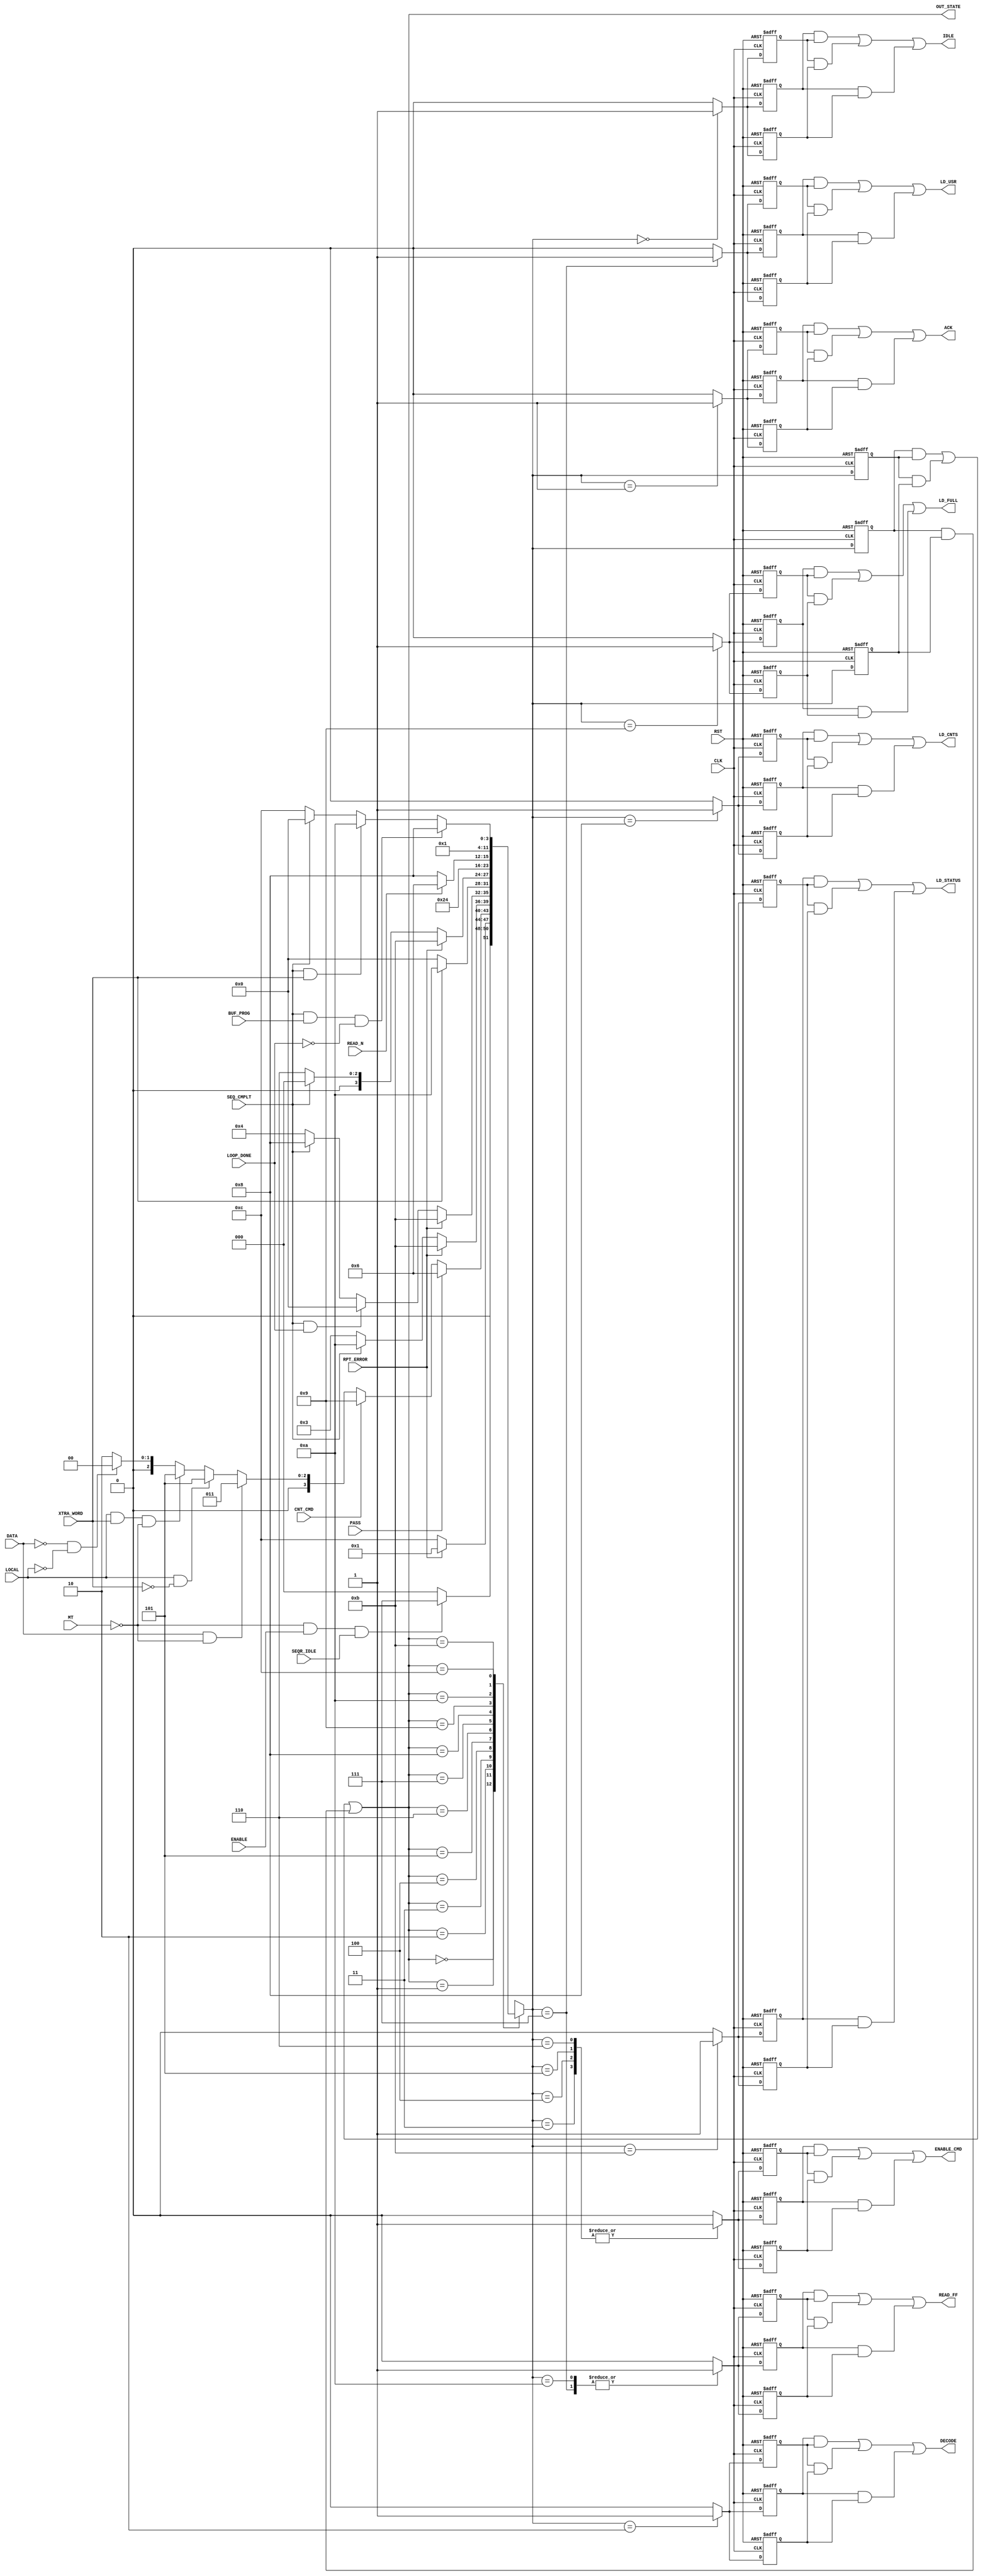

// Created by fizzim_tmr.pl version $Revision: 4.44 on 2014:08:25 at 17:16:00 (www.fizzim.com)

module BPI_cmd_parser_FSM_TMR (
  output ACK,
  output DECODE,
  output ENABLE_CMD,
  output IDLE,
  output LD_CNTS,
  output LD_FULL,
  output LD_STATUS,
  output LD_USR,
  output READ_FF,
  output wire [3:0] OUT_STATE,
  input BUF_PROG,
  input CLK,
  input CNT_CMD,
  input DATA,
  input ENABLE,
  input LOCAL,
  input LOOP_DONE,
  input MT,
  input PASS,
  input READ_N,
  input RPT_ERROR,
  input RST,
  input SEQR_IDLE,
  input SEQ_CMPLT,
  input XTRA_WORD 
);

  // state bits
  parameter 
  Idle          = 4'b0000, 
  Ack           = 4'b0001, 
  Dcd_n_Ld      = 4'b0010, 
  Exec_1Data    = 4'b0011, 
  Exec_Buf32    = 4'b0100, 
  Exec_Local    = 4'b0101, 
  Exec_Pass     = 4'b0110, 
  Load_Cmd      = 4'b0111, 
  Load_Cnts     = 4'b1000, 
  Load_Full     = 4'b1001, 
  Read_FF       = 4'b1010, 
  Update_Status = 4'b1011, 
  Wait4Seq      = 4'b1100; 

  (* syn_preserve = "true" *) reg [3:0] state_1;
  (* syn_preserve = "true" *) reg [3:0] state_2;
  (* syn_preserve = "true" *) reg [3:0] state_3;

  (* syn_keep = "true" *) wire [3:0] voted_state_1;
  (* syn_keep = "true" *) wire [3:0] voted_state_2;
  (* syn_keep = "true" *) wire [3:0] voted_state_3;

  assign voted_state_1      = (state_1      & state_2     ) | (state_2      & state_3     ) | (state_1      & state_3     ); // Majority logic
  assign voted_state_2      = (state_1      & state_2     ) | (state_2      & state_3     ) | (state_1      & state_3     ); // Majority logic
  assign voted_state_3      = (state_1      & state_2     ) | (state_2      & state_3     ) | (state_1      & state_3     ); // Majority logic

  assign OUT_STATE = voted_state_1;

  (* syn_keep = "true" *) reg [3:0] nextstate_1;
  (* syn_keep = "true" *) reg [3:0] nextstate_2;
  (* syn_keep = "true" *) reg [3:0] nextstate_3;

  (* syn_preserve = "true" *)  reg ACK_1;
  (* syn_preserve = "true" *)  reg ACK_2;
  (* syn_preserve = "true" *)  reg ACK_3;
  (* syn_preserve = "true" *)  reg DECODE_1;
  (* syn_preserve = "true" *)  reg DECODE_2;
  (* syn_preserve = "true" *)  reg DECODE_3;
  (* syn_preserve = "true" *)  reg ENABLE_CMD_1;
  (* syn_preserve = "true" *)  reg ENABLE_CMD_2;
  (* syn_preserve = "true" *)  reg ENABLE_CMD_3;
  (* syn_preserve = "true" *)  reg IDLE_1;
  (* syn_preserve = "true" *)  reg IDLE_2;
  (* syn_preserve = "true" *)  reg IDLE_3;
  (* syn_preserve = "true" *)  reg LD_CNTS_1;
  (* syn_preserve = "true" *)  reg LD_CNTS_2;
  (* syn_preserve = "true" *)  reg LD_CNTS_3;
  (* syn_preserve = "true" *)  reg LD_FULL_1;
  (* syn_preserve = "true" *)  reg LD_FULL_2;
  (* syn_preserve = "true" *)  reg LD_FULL_3;
  (* syn_preserve = "true" *)  reg LD_STATUS_1;
  (* syn_preserve = "true" *)  reg LD_STATUS_2;
  (* syn_preserve = "true" *)  reg LD_STATUS_3;
  (* syn_preserve = "true" *)  reg LD_USR_1;
  (* syn_preserve = "true" *)  reg LD_USR_2;
  (* syn_preserve = "true" *)  reg LD_USR_3;
  (* syn_preserve = "true" *)  reg READ_FF_1;
  (* syn_preserve = "true" *)  reg READ_FF_2;
  (* syn_preserve = "true" *)  reg READ_FF_3;

  // Assignment of outputs and flags to voted majority logic of replicated registers
  assign ACK        = (ACK_1        & ACK_2       ) | (ACK_2        & ACK_3       ) | (ACK_1        & ACK_3       ); // Majority logic
  assign DECODE     = (DECODE_1     & DECODE_2    ) | (DECODE_2     & DECODE_3    ) | (DECODE_1     & DECODE_3    ); // Majority logic
  assign ENABLE_CMD = (ENABLE_CMD_1 & ENABLE_CMD_2) | (ENABLE_CMD_2 & ENABLE_CMD_3) | (ENABLE_CMD_1 & ENABLE_CMD_3); // Majority logic
  assign IDLE       = (IDLE_1       & IDLE_2      ) | (IDLE_2       & IDLE_3      ) | (IDLE_1       & IDLE_3      ); // Majority logic
  assign LD_CNTS    = (LD_CNTS_1    & LD_CNTS_2   ) | (LD_CNTS_2    & LD_CNTS_3   ) | (LD_CNTS_1    & LD_CNTS_3   ); // Majority logic
  assign LD_FULL    = (LD_FULL_1    & LD_FULL_2   ) | (LD_FULL_2    & LD_FULL_3   ) | (LD_FULL_1    & LD_FULL_3   ); // Majority logic
  assign LD_STATUS  = (LD_STATUS_1  & LD_STATUS_2 ) | (LD_STATUS_2  & LD_STATUS_3 ) | (LD_STATUS_1  & LD_STATUS_3 ); // Majority logic
  assign LD_USR     = (LD_USR_1     & LD_USR_2    ) | (LD_USR_2     & LD_USR_3    ) | (LD_USR_1     & LD_USR_3    ); // Majority logic
  assign READ_FF    = (READ_FF_1    & READ_FF_2   ) | (READ_FF_2    & READ_FF_3   ) | (READ_FF_1    & READ_FF_3   ); // Majority logic

  // Assignment of error detection logic to replicated signals

  // comb always block
  always @* begin
    nextstate_1 = 4'bxxxx; // default to x because default_state_is_x is set
    nextstate_2 = 4'bxxxx; // default to x because default_state_is_x is set
    nextstate_3 = 4'bxxxx; // default to x because default_state_is_x is set
    case (voted_state_1)
      Idle         : if      (!MT && ENABLE && SEQR_IDLE)           nextstate_1 = Load_Cmd;
                     else                                           nextstate_1 = Idle;
      Ack          : if      (!RPT_ERROR)                           nextstate_1 = Wait4Seq;
                     else                                           nextstate_1 = Ack;
      Dcd_n_Ld     : if      (PASS)                                 nextstate_1 = Exec_Pass;
                     else if (CNT_CMD)                              nextstate_1 = Load_Full;
                     else if (DATA && !MT)                          nextstate_1 = Exec_1Data;
                     else if (LOCAL && !XTRA_WORD)                  nextstate_1 = Exec_Local;
                     else if (LOCAL && XTRA_WORD && !MT)            nextstate_1 = Exec_Local;
                     else if (!DATA && !LOCAL)                      nextstate_1 = Idle;
                     else                                           nextstate_1 = Dcd_n_Ld;
      Exec_1Data   : if      (RPT_ERROR)                            nextstate_1 = Update_Status;
                     else if (SEQ_CMPLT)                            nextstate_1 = Read_FF;
                     else                                           nextstate_1 = Exec_1Data;
      Exec_Buf32   : if      (RPT_ERROR)                            nextstate_1 = Update_Status;
                     else if (SEQ_CMPLT && LOOP_DONE)               nextstate_1 = Idle;
                     else if (SEQ_CMPLT)                            nextstate_1 = Load_Cnts;
                     else                                           nextstate_1 = Exec_Buf32;
      Exec_Local   : if      (XTRA_WORD)                            nextstate_1 = Read_FF;
                     else                                           nextstate_1 = Idle;
      Exec_Pass    : if      (RPT_ERROR)                            nextstate_1 = Update_Status;
                     else if (SEQ_CMPLT)                            nextstate_1 = Idle;
                     else                                           nextstate_1 = Exec_Pass;
      Load_Cmd     :                                                nextstate_1 = Dcd_n_Ld;
      Load_Cnts    :                                                nextstate_1 = Exec_Buf32;
      Load_Full    : if      (READ_N)                               nextstate_1 = Exec_Pass;
                     else                                           nextstate_1 = Load_Cnts;
      Read_FF      :                                                nextstate_1 = Idle;
      Update_Status:                                                nextstate_1 = Ack;
      Wait4Seq     : if      (SEQ_CMPLT && BUF_PROG && !LOOP_DONE)  nextstate_1 = Load_Cnts;
                     else if (SEQ_CMPLT && XTRA_WORD)               nextstate_1 = Read_FF;
                     else if (SEQ_CMPLT)                            nextstate_1 = Idle;
                     else                                           nextstate_1 = Wait4Seq;
    endcase
    case (voted_state_2)
      Idle         : if      (!MT && ENABLE && SEQR_IDLE)           nextstate_2 = Load_Cmd;
                     else                                           nextstate_2 = Idle;
      Ack          : if      (!RPT_ERROR)                           nextstate_2 = Wait4Seq;
                     else                                           nextstate_2 = Ack;
      Dcd_n_Ld     : if      (PASS)                                 nextstate_2 = Exec_Pass;
                     else if (CNT_CMD)                              nextstate_2 = Load_Full;
                     else if (DATA && !MT)                          nextstate_2 = Exec_1Data;
                     else if (LOCAL && !XTRA_WORD)                  nextstate_2 = Exec_Local;
                     else if (LOCAL && XTRA_WORD && !MT)            nextstate_2 = Exec_Local;
                     else if (!DATA && !LOCAL)                      nextstate_2 = Idle;
                     else                                           nextstate_2 = Dcd_n_Ld;
      Exec_1Data   : if      (RPT_ERROR)                            nextstate_2 = Update_Status;
                     else if (SEQ_CMPLT)                            nextstate_2 = Read_FF;
                     else                                           nextstate_2 = Exec_1Data;
      Exec_Buf32   : if      (RPT_ERROR)                            nextstate_2 = Update_Status;
                     else if (SEQ_CMPLT && LOOP_DONE)               nextstate_2 = Idle;
                     else if (SEQ_CMPLT)                            nextstate_2 = Load_Cnts;
                     else                                           nextstate_2 = Exec_Buf32;
      Exec_Local   : if      (XTRA_WORD)                            nextstate_2 = Read_FF;
                     else                                           nextstate_2 = Idle;
      Exec_Pass    : if      (RPT_ERROR)                            nextstate_2 = Update_Status;
                     else if (SEQ_CMPLT)                            nextstate_2 = Idle;
                     else                                           nextstate_2 = Exec_Pass;
      Load_Cmd     :                                                nextstate_2 = Dcd_n_Ld;
      Load_Cnts    :                                                nextstate_2 = Exec_Buf32;
      Load_Full    : if      (READ_N)                               nextstate_2 = Exec_Pass;
                     else                                           nextstate_2 = Load_Cnts;
      Read_FF      :                                                nextstate_2 = Idle;
      Update_Status:                                                nextstate_2 = Ack;
      Wait4Seq     : if      (SEQ_CMPLT && BUF_PROG && !LOOP_DONE)  nextstate_2 = Load_Cnts;
                     else if (SEQ_CMPLT && XTRA_WORD)               nextstate_2 = Read_FF;
                     else if (SEQ_CMPLT)                            nextstate_2 = Idle;
                     else                                           nextstate_2 = Wait4Seq;
    endcase
    case (voted_state_3)
      Idle         : if      (!MT && ENABLE && SEQR_IDLE)           nextstate_3 = Load_Cmd;
                     else                                           nextstate_3 = Idle;
      Ack          : if      (!RPT_ERROR)                           nextstate_3 = Wait4Seq;
                     else                                           nextstate_3 = Ack;
      Dcd_n_Ld     : if      (PASS)                                 nextstate_3 = Exec_Pass;
                     else if (CNT_CMD)                              nextstate_3 = Load_Full;
                     else if (DATA && !MT)                          nextstate_3 = Exec_1Data;
                     else if (LOCAL && !XTRA_WORD)                  nextstate_3 = Exec_Local;
                     else if (LOCAL && XTRA_WORD && !MT)            nextstate_3 = Exec_Local;
                     else if (!DATA && !LOCAL)                      nextstate_3 = Idle;
                     else                                           nextstate_3 = Dcd_n_Ld;
      Exec_1Data   : if      (RPT_ERROR)                            nextstate_3 = Update_Status;
                     else if (SEQ_CMPLT)                            nextstate_3 = Read_FF;
                     else                                           nextstate_3 = Exec_1Data;
      Exec_Buf32   : if      (RPT_ERROR)                            nextstate_3 = Update_Status;
                     else if (SEQ_CMPLT && LOOP_DONE)               nextstate_3 = Idle;
                     else if (SEQ_CMPLT)                            nextstate_3 = Load_Cnts;
                     else                                           nextstate_3 = Exec_Buf32;
      Exec_Local   : if      (XTRA_WORD)                            nextstate_3 = Read_FF;
                     else                                           nextstate_3 = Idle;
      Exec_Pass    : if      (RPT_ERROR)                            nextstate_3 = Update_Status;
                     else if (SEQ_CMPLT)                            nextstate_3 = Idle;
                     else                                           nextstate_3 = Exec_Pass;
      Load_Cmd     :                                                nextstate_3 = Dcd_n_Ld;
      Load_Cnts    :                                                nextstate_3 = Exec_Buf32;
      Load_Full    : if      (READ_N)                               nextstate_3 = Exec_Pass;
                     else                                           nextstate_3 = Load_Cnts;
      Read_FF      :                                                nextstate_3 = Idle;
      Update_Status:                                                nextstate_3 = Ack;
      Wait4Seq     : if      (SEQ_CMPLT && BUF_PROG && !LOOP_DONE)  nextstate_3 = Load_Cnts;
                     else if (SEQ_CMPLT && XTRA_WORD)               nextstate_3 = Read_FF;
                     else if (SEQ_CMPLT)                            nextstate_3 = Idle;
                     else                                           nextstate_3 = Wait4Seq;
    endcase
  end

  // Assign reg'd outputs to state bits

  // sequential always block
  always @(posedge CLK or posedge RST) begin
    if (RST) begin
      state_1 <= Idle;
      state_2 <= Idle;
      state_3 <= Idle;
    end
    else begin
      state_1 <= nextstate_1;
      state_2 <= nextstate_2;
      state_3 <= nextstate_3;
    end
  end

  // datapath sequential always block
  always @(posedge CLK or posedge RST) begin
    if (RST) begin
      ACK_1 <= 0;
      ACK_2 <= 0;
      ACK_3 <= 0;
      DECODE_1 <= 0;
      DECODE_2 <= 0;
      DECODE_3 <= 0;
      ENABLE_CMD_1 <= 0;
      ENABLE_CMD_2 <= 0;
      ENABLE_CMD_3 <= 0;
      IDLE_1 <= 0;
      IDLE_2 <= 0;
      IDLE_3 <= 0;
      LD_CNTS_1 <= 0;
      LD_CNTS_2 <= 0;
      LD_CNTS_3 <= 0;
      LD_FULL_1 <= 0;
      LD_FULL_2 <= 0;
      LD_FULL_3 <= 0;
      LD_STATUS_1 <= 0;
      LD_STATUS_2 <= 0;
      LD_STATUS_3 <= 0;
      LD_USR_1 <= 0;
      LD_USR_2 <= 0;
      LD_USR_3 <= 0;
      READ_FF_1 <= 0;
      READ_FF_2 <= 0;
      READ_FF_3 <= 0;
    end
    else begin
      ACK_1 <= 0; // default
      ACK_2 <= 0; // default
      ACK_3 <= 0; // default
      DECODE_1 <= 0; // default
      DECODE_2 <= 0; // default
      DECODE_3 <= 0; // default
      ENABLE_CMD_1 <= 0; // default
      ENABLE_CMD_2 <= 0; // default
      ENABLE_CMD_3 <= 0; // default
      IDLE_1 <= 0; // default
      IDLE_2 <= 0; // default
      IDLE_3 <= 0; // default
      LD_CNTS_1 <= 0; // default
      LD_CNTS_2 <= 0; // default
      LD_CNTS_3 <= 0; // default
      LD_FULL_1 <= 0; // default
      LD_FULL_2 <= 0; // default
      LD_FULL_3 <= 0; // default
      LD_STATUS_1 <= 0; // default
      LD_STATUS_2 <= 0; // default
      LD_STATUS_3 <= 0; // default
      LD_USR_1 <= 0; // default
      LD_USR_2 <= 0; // default
      LD_USR_3 <= 0; // default
      READ_FF_1 <= 0; // default
      READ_FF_2 <= 0; // default
      READ_FF_3 <= 0; // default
      case (nextstate_1)
        Idle         :        IDLE_1 <= 1;
        Ack          :        ACK_1 <= 1;
        Dcd_n_Ld     :        DECODE_1 <= 1;
        Exec_1Data   :        ENABLE_CMD_1 <= 1;
        Exec_Buf32   :        ENABLE_CMD_1 <= 1;
        Exec_Local   :        ENABLE_CMD_1 <= 1;
        Exec_Pass    :        ENABLE_CMD_1 <= 1;
        Load_Cmd     : begin
                              LD_USR_1 <= 1;
                              READ_FF_1 <= 1;
        end
        Load_Cnts    :        LD_CNTS_1 <= 1;
        Load_Full    :        LD_FULL_1 <= 1;
        Read_FF      :        READ_FF_1 <= 1;
        Update_Status:        LD_STATUS_1 <= 1;
      endcase
      case (nextstate_2)
        Idle         :        IDLE_2 <= 1;
        Ack          :        ACK_2 <= 1;
        Dcd_n_Ld     :        DECODE_2 <= 1;
        Exec_1Data   :        ENABLE_CMD_2 <= 1;
        Exec_Buf32   :        ENABLE_CMD_2 <= 1;
        Exec_Local   :        ENABLE_CMD_2 <= 1;
        Exec_Pass    :        ENABLE_CMD_2 <= 1;
        Load_Cmd     : begin
                              LD_USR_2 <= 1;
                              READ_FF_2 <= 1;
        end
        Load_Cnts    :        LD_CNTS_2 <= 1;
        Load_Full    :        LD_FULL_2 <= 1;
        Read_FF      :        READ_FF_2 <= 1;
        Update_Status:        LD_STATUS_2 <= 1;
      endcase
      case (nextstate_3)
        Idle         :        IDLE_3 <= 1;
        Ack          :        ACK_3 <= 1;
        Dcd_n_Ld     :        DECODE_3 <= 1;
        Exec_1Data   :        ENABLE_CMD_3 <= 1;
        Exec_Buf32   :        ENABLE_CMD_3 <= 1;
        Exec_Local   :        ENABLE_CMD_3 <= 1;
        Exec_Pass    :        ENABLE_CMD_3 <= 1;
        Load_Cmd     : begin
                              LD_USR_3 <= 1;
                              READ_FF_3 <= 1;
        end
        Load_Cnts    :        LD_CNTS_3 <= 1;
        Load_Full    :        LD_FULL_3 <= 1;
        Read_FF      :        READ_FF_3 <= 1;
        Update_Status:        LD_STATUS_3 <= 1;
      endcase
    end
  end

  // This code allows you to see state names in simulation
  `ifndef SYNTHESIS
  reg [103:0] statename;
  always @* begin
    case (state_1)
      Idle         : statename = "Idle";
      Ack          : statename = "Ack";
      Dcd_n_Ld     : statename = "Dcd_n_Ld";
      Exec_1Data   : statename = "Exec_1Data";
      Exec_Buf32   : statename = "Exec_Buf32";
      Exec_Local   : statename = "Exec_Local";
      Exec_Pass    : statename = "Exec_Pass";
      Load_Cmd     : statename = "Load_Cmd";
      Load_Cnts    : statename = "Load_Cnts";
      Load_Full    : statename = "Load_Full";
      Read_FF      : statename = "Read_FF";
      Update_Status: statename = "Update_Status";
      Wait4Seq     : statename = "Wait4Seq";
      default      : statename = "XXXXXXXXXXXXX";
    endcase
  end
  `endif

endmodule